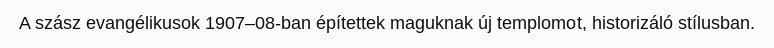
A szász evangélikusok 1907–08-ban építettek maguknak új templomot, historizáló stílusban.